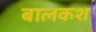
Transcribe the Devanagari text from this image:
बालकश